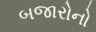
બજારોનો